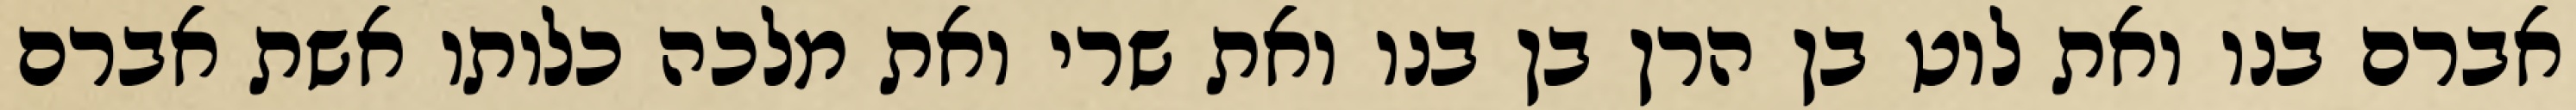
אברם בנו ואת לוט בן הרן בן בנו ואת שרי ואת מלכה כלותו אשת אברם